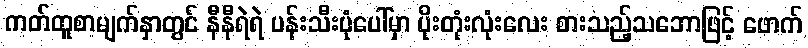
ကတ်ထူစာမျက်နှာတွင် နီနီရဲရဲ ပန်းသီးပုံပေါ်မှာ ပိုးတုံးလုံးလေး စားသည့်သဘောဖြင့် ဖောက်